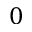
\boldsymbol { 0 }